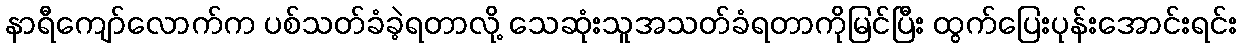
နာရီကျော်လောက်က ပစ်သတ်ခံခဲ့ရတာလို့ သေဆုံးသူအသတ်ခံရတာကိုမြင်ပြီး ထွက်ပြေးပုန်းအောင်းရင်း